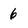
Character: 6